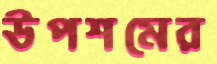
উপশমের